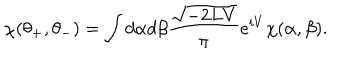
LaTeX: \chi ( \theta _ { + } , \theta _ { - } ) = \int d \alpha d \beta \frac { \sqrt { - 2 L V } } { \pi } e ^ { i V } \chi ( \alpha , \beta ) .